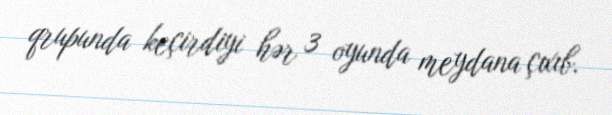
qrupunda keçirdiyi hər 3 oyunda meydana çıxıb.